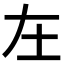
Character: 𡉄